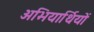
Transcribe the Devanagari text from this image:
अभियार्थियों